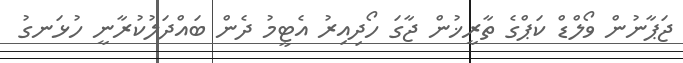
ޖަޕާނުން ވޯލްޑް ކަޕްގެ ތާރީޚުން ޖާގަ ހޯދިއިރު އެޓީމު ދެން ބައްދަލުކުރާނީ ހުޅަނގު